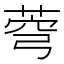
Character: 𦲄